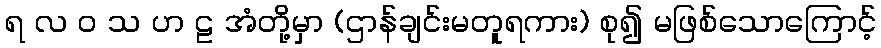
ရ လ ဝ သ ဟ ဠ အံတို့မှာ (ဌာန်ချင်းမတူရကား) စု၍ မဖြစ်သောကြောင့်